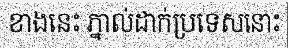
ខាងនេះ ភ្នាល់ដាក់ប្រទេសនោះ